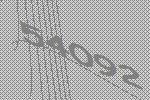
54092